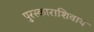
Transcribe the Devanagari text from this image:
पुरस्काराशिवाय